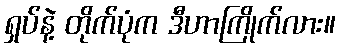
ရှပ်နဲ့ တိုက်ပုံက ဒီဟာကြိုက်လား။